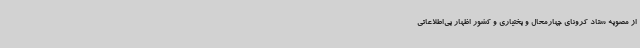
از مصوبه ستاد کرونای چهارمحال و بختیاری و کشور اظهار بی‌اطلاعاتی